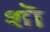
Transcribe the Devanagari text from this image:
शॊ